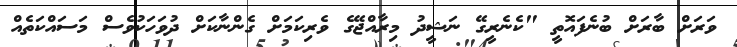
ވަރަށް ބާރަށް ބުނެފައޮތީ "ކެނެރީގޭ ނަޝީދު މިރާއްޖޭގެ ވެރިކަމަށް ގެންނާކަށް ދުވަހަކުވެސް މަސައްކަތެއް